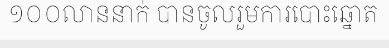
១០០លាននាក់ បានចូលរួមការបោះឆ្នោត